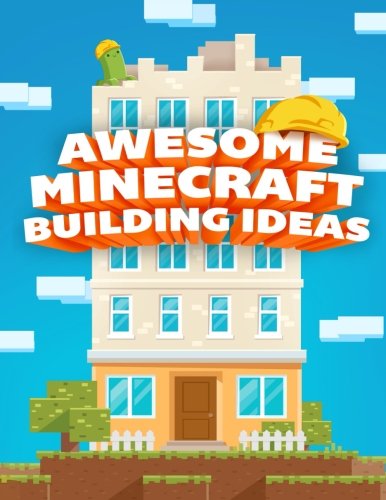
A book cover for Awesome Minecraft Building Ideas; Innovate Media; Humor & Entertainment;